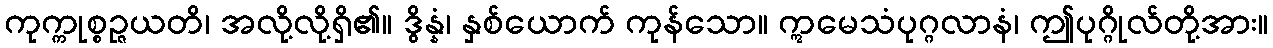
ကုက္ကုစ္စဉ္ဇယတိ၊ အလို့လို့ရှိ၏။ ဒွိန္နံ၊ နှစ်ယောက် ကုန်သော။ ဣမေသံပုဂ္ဂလာနံ၊ ဤပုဂ္ဂိုလ်တို့အား။